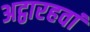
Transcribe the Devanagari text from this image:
अट्ठारहवां